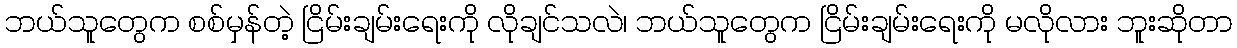
ဘယ်သူတွေက စစ်မှန်တဲ့ ငြိမ်းချမ်းရေးကို လိုချင်သလဲ၊ ဘယ်သူတွေက ငြိမ်းချမ်းရေးကို မလိုလား ဘူးဆိုတာ